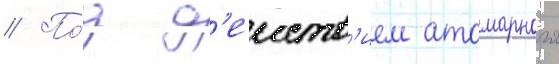
// По́д д'еиств'ием атомарного